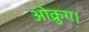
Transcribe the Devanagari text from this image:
ओक्रुग।